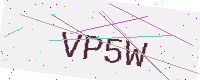
Text: VP5W